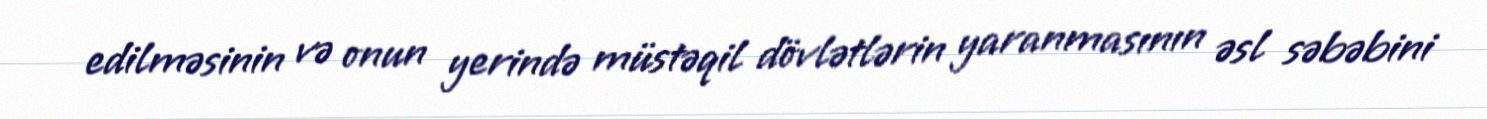
edilməsinin və onun yerində müstəqil dövlətlərin yaranmasının əsl səbəbini